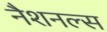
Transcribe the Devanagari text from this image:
नैशनल्स